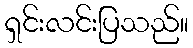
ရှင်းလင်းပြသည်။